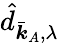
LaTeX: \hat{d}_{\bar{\boldsymbol{k}}_{A},\lambda}